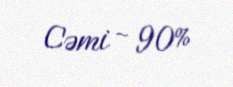
Cəmi - 90%